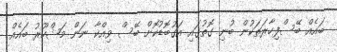
ބައެއް ބޭސްފިހާރަތަކުން ބުނި ގޮތުގައި އަގުބޮޑުކޮށް ބޭސް ވިއްކާ ނަން މަޝްހޫރު ބައެއް